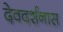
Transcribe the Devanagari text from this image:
देवदर्शनास